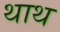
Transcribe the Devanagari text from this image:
थाथ